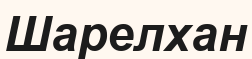
Шарелхан